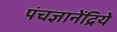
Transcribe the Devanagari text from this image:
पंचज्ञानेंद्रिये